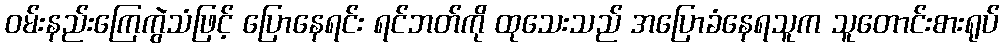
ဝမ်းနည်းကြေကွဲသံဖြင့် ပြောနေရင်း ရင်ဘတ်ကို ထုသေးသည် အပြောခံနေရသူက သူတောင်းစားရုပ်